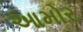
આમોર